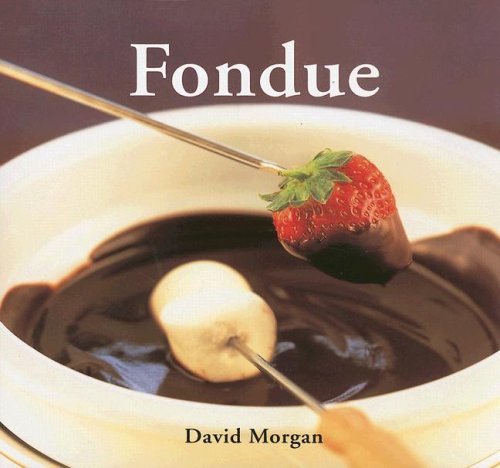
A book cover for Fondue; David Morgan; Cookbooks, Food & Wine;